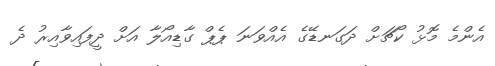
އެންމެ މޮޅު ކޯޗަށް ދަގަނޑޭގެ އެއްވަނަ ޕެޕް ގާޑިއޯލާ އަށް ދީފައިވާއިރު ދެ